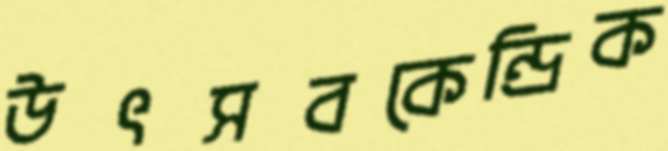
উৎসবকেন্দ্রিক